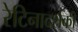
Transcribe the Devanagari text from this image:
रेटिनादर्शकी